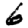
Digit: 6